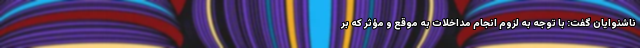
ناشنوایان گفت: با توجه به لزوم انجام مداخلات به موقع و مؤثر که بر